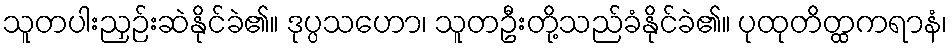
သူတပါးညှဉ်းဆဲနိုင်ခဲ၏။ ဒုပ္ပသဟော၊ သူတဦးတို့သည်ခံနိုင်ခဲ၏။ ပုထုတိတ္ထကရာနံ၊